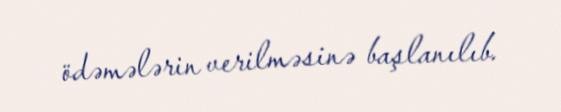
ödəmələrin verilməsinə başlanılıb.